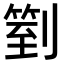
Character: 𠟅